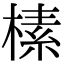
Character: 榡